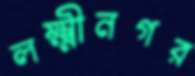
লক্ষ্মীনগর